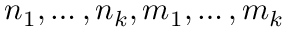
n _ { 1 } , \dots , n _ { k } , m _ { 1 } , \dots , m _ { k }